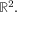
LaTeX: \mathbb { R } ^ { 2 } .